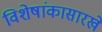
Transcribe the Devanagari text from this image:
विशेषांकासारखे